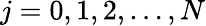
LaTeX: j=0,1,2,\dots,N